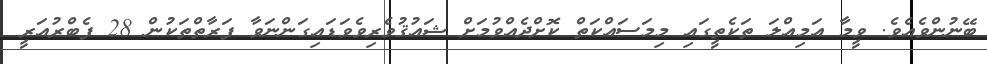
ބޭނުންވެއެވެ. ވީމާ އަމިއްލަ ތަކެތީގައި މިމަސައްކަތް ކޮށްދެއްވުމަށް ޝައުޤުވެރިވެވަޑައިގަންނަވާ ފަރާތްތަކުން 28 ފެބްރުއަރީ